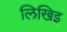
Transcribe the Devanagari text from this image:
लिखिइ